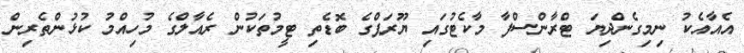
އެއާއެކު ނިމިގެންދިޔަ ޓްރާންސްފާ މާކެޓުގައި ޔޫރަޕްގެ ބޮޑެތި ޓީމުތަކުން ރެއާލްގެ މުހިއްމު ކުޅުންތެރިން